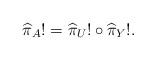
LaTeX: \begin{align*}\widehat{\pi}_A!=\widehat{\pi}_U!\circ\widehat{\pi}_Y!.\end{align*}